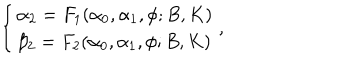
LaTeX: \left\{ \begin{array} { l l } { { \alpha _ { 2 } = F _ { 1 } ( \alpha _ { 0 } , \alpha _ { 1 } , \phi ; B , K ) } } \\ { { \beta _ { 2 } = F _ { 2 } ( \alpha _ { 0 } , \alpha _ { 1 } , \phi ; B , K ) } } \\ \end{array} \right. ,